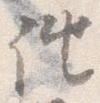
誂